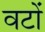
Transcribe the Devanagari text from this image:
वटों